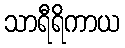
သာရီရိကာယ